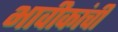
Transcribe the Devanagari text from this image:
भावीकांची